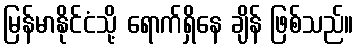
မြန်မာနိုင်ငံသို့ ရောက်ရှိနေ ချိန် ဖြစ်သည်။